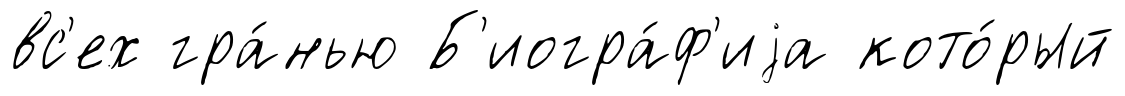
вс'ех гра́нью Б'иогра́ф'иjа кото́рый